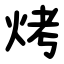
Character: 烤